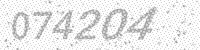
Solution: 074204